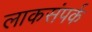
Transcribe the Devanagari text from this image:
लाकसंपर्क